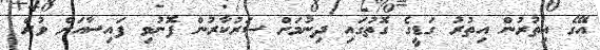
އޭގެ އިތުރުން އިތުރު ގަޑީގެ ގޮތުގައި ދިނުމަށް ސަރުކާރުން ފޮނުވި ފައިސާއަށް ވުރެ